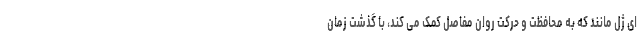
ای ژل مانند که به محافظت و حرکت روان مفاصل کمک می کند، با گذشت زمان